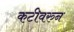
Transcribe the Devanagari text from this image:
कटीवरुन